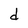
Character: d